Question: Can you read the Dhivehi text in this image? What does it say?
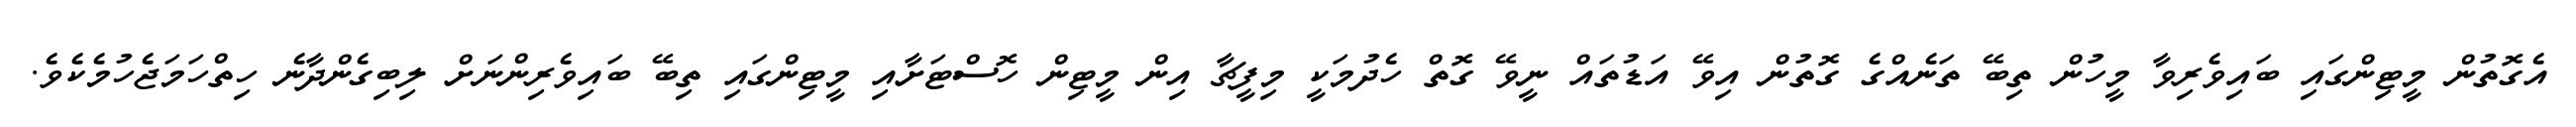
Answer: އެގޮތުން މީޓިންގައި ބައިވެރިވާ މީހުން ތިބޭ ތަނެއްގެ ގޮތުން އިވޭ އަޑުތައް ނީވޭ ގޮތް ހެދުމަކީ މިފީޗާ އިން މީޓިން ހޮސްޓަށާއި މީޓިންގައި ތިބޭ ބައިވެރިންނަށް ލިބިގެންދާނެ ހިތްހަމަޖެހުމެކެވެ.